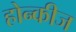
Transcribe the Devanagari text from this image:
होन्कीज